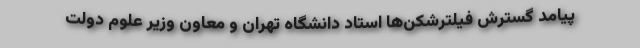
پیامد گسترش فیلترشکن‌ها استاد دانشگاه تهران و معاون وزیر علوم دولت